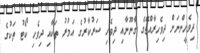
ދިވެހީންނަށް ދިވެހިރާއްޖޭގެ ގާނޫނާއި ދިވެހި ސަރުކާރުގެ އަމުރު ތަކާއި ދިވެހި ކޯޓު ތަކުގެ